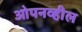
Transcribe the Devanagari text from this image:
ओपनव्हील